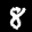
Label: 8